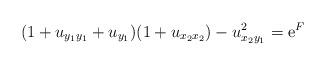
LaTeX: \begin{align*}(1+u_{y_1y_1}+u_{y_1})(1+u_{x_2x_2})-u_{x_2y_1}^2={\rm e}^F\end{align*}